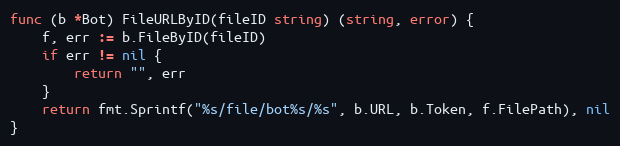
Language: Go
func (b *Bot) FileURLByID(fileID string) (string, error) {
	f, err := b.FileByID(fileID)
	if err != nil {
		return "", err
	}
	return fmt.Sprintf("%s/file/bot%s/%s", b.URL, b.Token, f.FilePath), nil
}